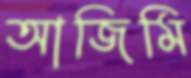
আজিমি